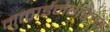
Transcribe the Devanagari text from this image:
मुक्ताईनगरच्य